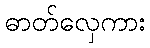
ဓာတ်လှေကား